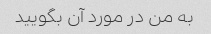
به من در مورد آن بگویید